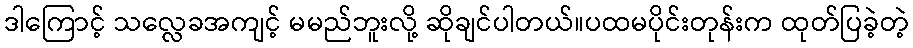
ဒါကြောင့် သလ္လေခအကျင့် မမည်ဘူးလို့ ဆိုချင်ပါတယ်။ပထမပိုင်းတုန်းက ထုတ်ပြခဲ့တဲ့